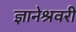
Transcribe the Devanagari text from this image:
ज्ञानेश्रवरी